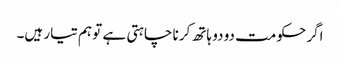
اگر حکومت دو دو ہاتھ کرنا چاہتی ہے تو ہم تیار ہیں۔